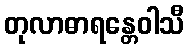
တုလာဓာရန္တေဝါသီ